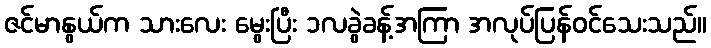
ဇင်မာနွယ်က သားလေး မွေးပြီး ၁လခွဲခန့်အကြာ အလုပ်ပြန်ဝင်သေးသည်။